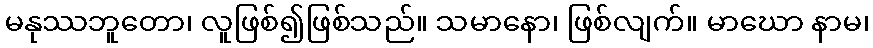
မနုဿဘူတော၊ လူဖြစ်၍ဖြစ်သည်။ သမာနော၊ ဖြစ်လျက်။ မာဃော နာမ၊